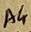
Text: A4